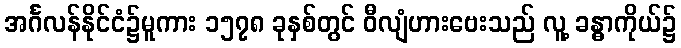
အင်္ဂလန်နိုင်ငံ၌မူကား ၁၅၇၈ ခုနှစ်တွင် ဝီလျံဟားဗေးသည် လူ့ ခန္ဓာကိုယ်၌